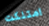
امتلكت